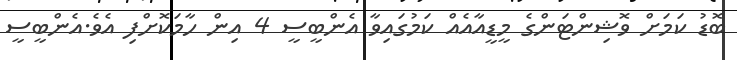
ބޮޑު ކަމަށް ވޮޝިންޓަންގެ މީޑީއާއެއް ކަމުގައިވާ އެންބީސީ 4 އިން ހާމަކޮށްފި އެވެ.އެންބީސީ